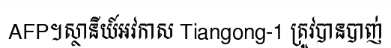
AFP។ស្ថានីយ៍អវកាស Tiangong-1 ត្រូវបានបាញ់